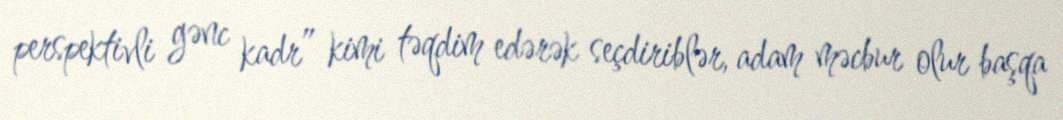
perspektivli gənc kadr” kimi təqdim edərək seçdiriblər, adam məcbur olur başqa